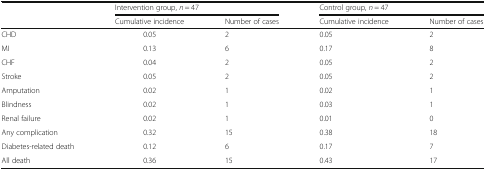
<table><thead><tr><td></td><td colspan="2"><b>Intervention group, <i>n</i> = 47</b></td><td colspan="2"><b>Control group, <i>n</i> = 47</b></td></tr><tr><td></td><td><b>Cumulative incidence</b></td><td><b>Number of cases</b></td><td><b>Cumulative incidence</b></td><td><b>Number of cases</b></td></tr></thead><tbody><tr><td>CHD</td><td>0.05</td><td>2</td><td>0.05</td><td>2</td></tr><tr><td>MI</td><td>0.13</td><td>6</td><td>0.17</td><td>8</td></tr><tr><td>CHF</td><td>0.04</td><td>2</td><td>0.05</td><td>2</td></tr><tr><td>Stroke</td><td>0.05</td><td>2</td><td>0.05</td><td>2</td></tr><tr><td>Amputation</td><td>0.02</td><td>1</td><td>0.02</td><td>1</td></tr><tr><td>Blindness</td><td>0.02</td><td>1</td><td>0.03</td><td>1</td></tr><tr><td>Renal failure</td><td>0.02</td><td>1</td><td>0.01</td><td>0</td></tr><tr><td>Any complication</td><td>0.32</td><td>15</td><td>0.38</td><td>18</td></tr><tr><td>Diabetes-related death</td><td>0.12</td><td>6</td><td>0.17</td><td>7</td></tr><tr><td>All death</td><td>0.36</td><td>15</td><td>0.43</td><td>17</td></tr></tbody></table>